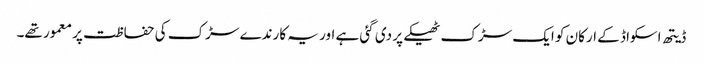
ڈیتھ اسکواڈ کے ارکان کو ایک سڑک ٹھیکے پر دی گئی ہے اور یہ کارندے سڑک کی حفاظت پر معمور تھے۔